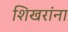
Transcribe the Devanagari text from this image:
शिखरांना